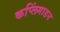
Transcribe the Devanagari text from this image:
कप्लिंगाडन